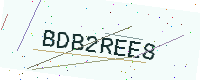
Text: BDB2REE8